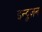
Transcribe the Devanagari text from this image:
इन्ट्रुज़न